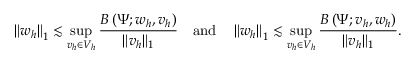
\left\| w _ { h } \right\| _ { 1 } \lesssim \operatorname* { s u p } _ { v _ { h } \in V _ { h } } \frac { B \left( \Psi ; w _ { h } , v _ { h } \right) } { \| v _ { h } \| _ { 1 } } \quad \mathrm { a n d } \quad \left\| w _ { h } \right\| _ { 1 } \lesssim \operatorname* { s u p } _ { v _ { h } \in V _ { h } } \frac { B \left( \Psi ; v _ { h } , w _ { h } \right) } { \| v _ { h } \| _ { 1 } } .